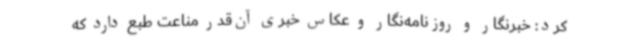
کرد: خبرنگار و روزنامه‌نگار و عکاس خبری آن‌قدر مناعت طبع دارد که